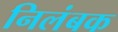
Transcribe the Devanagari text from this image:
निलंबक